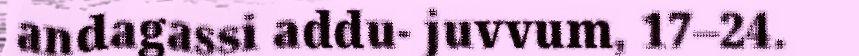
andagassi addu- juvvum, 17–24.